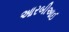
આરબીઆઈ